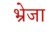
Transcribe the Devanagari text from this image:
भ्रेजा